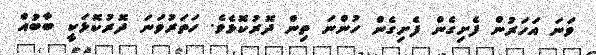
ވަނަ އަހަރުން ފެށިގެން ފެށިގެން ހުންނަ ތިން ދޮރުކޮޅެވެ. ހަތަރުވަނަ ދޮރުކޮޅަކީ ބާބުއް